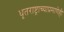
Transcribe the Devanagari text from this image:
धृतराष्ट्राच्याप्रमाणेही